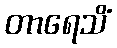
တာရေသိံ